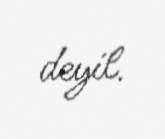
deyil.